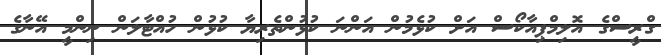
ގްރީސްގެ އޮލިމްޕިއާކޯސް އަށް ކުޅެމުން އަންނަ ކުޅުންތެރިޔާ ކުޅުން ހުއްޓާލަން ނިންމީ އޭނާގެ